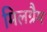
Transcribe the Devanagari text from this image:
मिलग्रैम